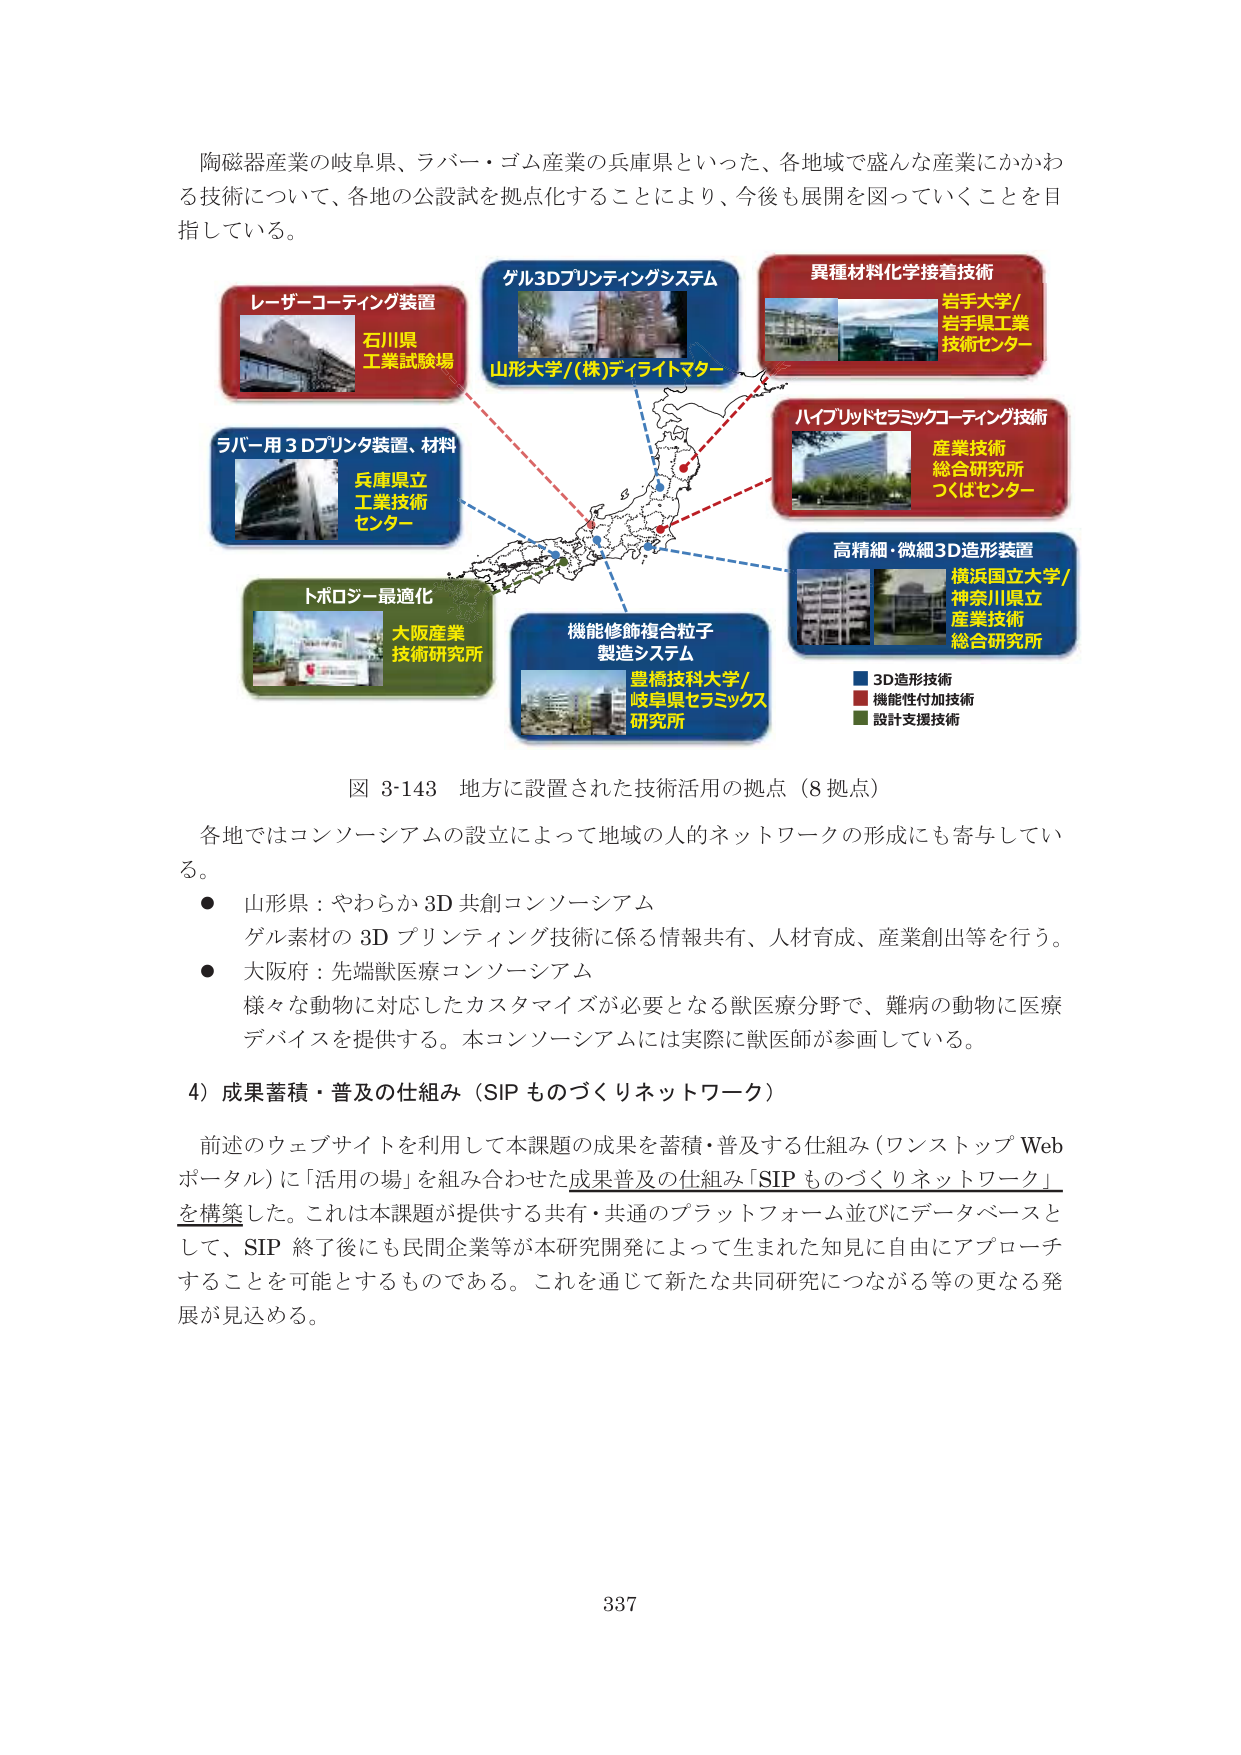
陶磁器産業の岐阜県、ラバー・ゴム産業の兵庫県といった、各地域で盛んな産業にかかわる技術について、各地の公設試を拠点化することにより、今後も展開を図っていくことを目指している。

レーザーコーティング装置
石川県
工業試験場

ゲル3Dプリンティングシステム
山形大学/(株)ディライトマター

異種材料化学接着技術
岩手大学/
岩手県工業
技術センター

ラバー用3Dプリンタ装置、材料
兵庫県立
工業技術
センター

ハイブリッドセラミックコーティング技術
産業技術
総合研究所
つくばセンター

トポロジー最適化
大阪産業
技術研究所

機能修飾複合粒子
製造システム
豊橋技術科学大学/
岐阜県セラミックス
研究所

高精細・微細3D造形装置
横浜国立大学/
神奈川県立
産業技術
総合研究所

■ 3D造形技術
■ 機能性付加技術
■ 設計支援技術

図 3-143 地方に設置された技術活用の拠点（8拠点）

各地ではコンソーシアムの設立によって地域の人的ネットワークの形成にも寄与している。
● 山形県：やわらか3D共創コンソーシアム
　ゲル素材の3Dプリンティング技術に係る情報共有、人材育成、産業創出等を行う。
● 大阪府：先端獣医療コンソーシアム
　様々な動物に対応したカスタマイズが必要となる獣医療分野で、難病の動物に医療デバイスを提供する。本コンソーシアムには実際に獣医師が参画している。

4）成果蓄積・普及の仕組み（SIP ものづくりネットワーク）

前述のウェブサイトを利用して本課題の成果を蓄積・普及する仕組み（ワンストップWebポータル）に「活用の場」を組み合わせた成果普及の仕組み「SIP ものづくりネットワーク」を構築した。これは本課題が提供する共有・共通のプラットフォーム並びにデータベースとして、SIP 終了後にも民間企業等が本研究開発によって生まれた知見に自由にアプローチすることを可能とするものである。これを通じて新たな共同研究につながる等の更なる発展が見込める。

337